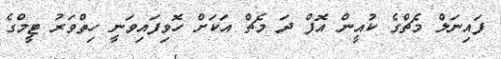
ފައިނަލް މެޗްގެ ކުއީން އޮފް ދަ މެޗް އަކަށް ހޮވިފައިވަނީ ހިތްވަރު ޓީމްގެ